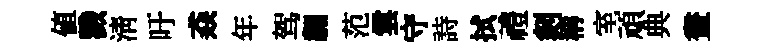
値戮清吁猋年驾翿范雲守詩拭禮剡稱室頑典晝